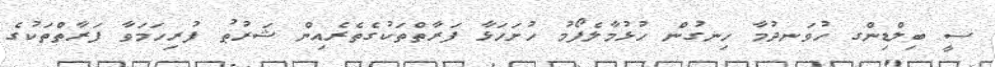
ސީ ބިލްޑިންގ ހުވަނދުމާ ހިނގުން ހުޅުމާލެފޯމު ހުށަހަޅާ ފަރާތްތަކުގެތެރެއިން ޝަރުޠު ފުރިހަމަވާ ފަރާތްތަކުގެ